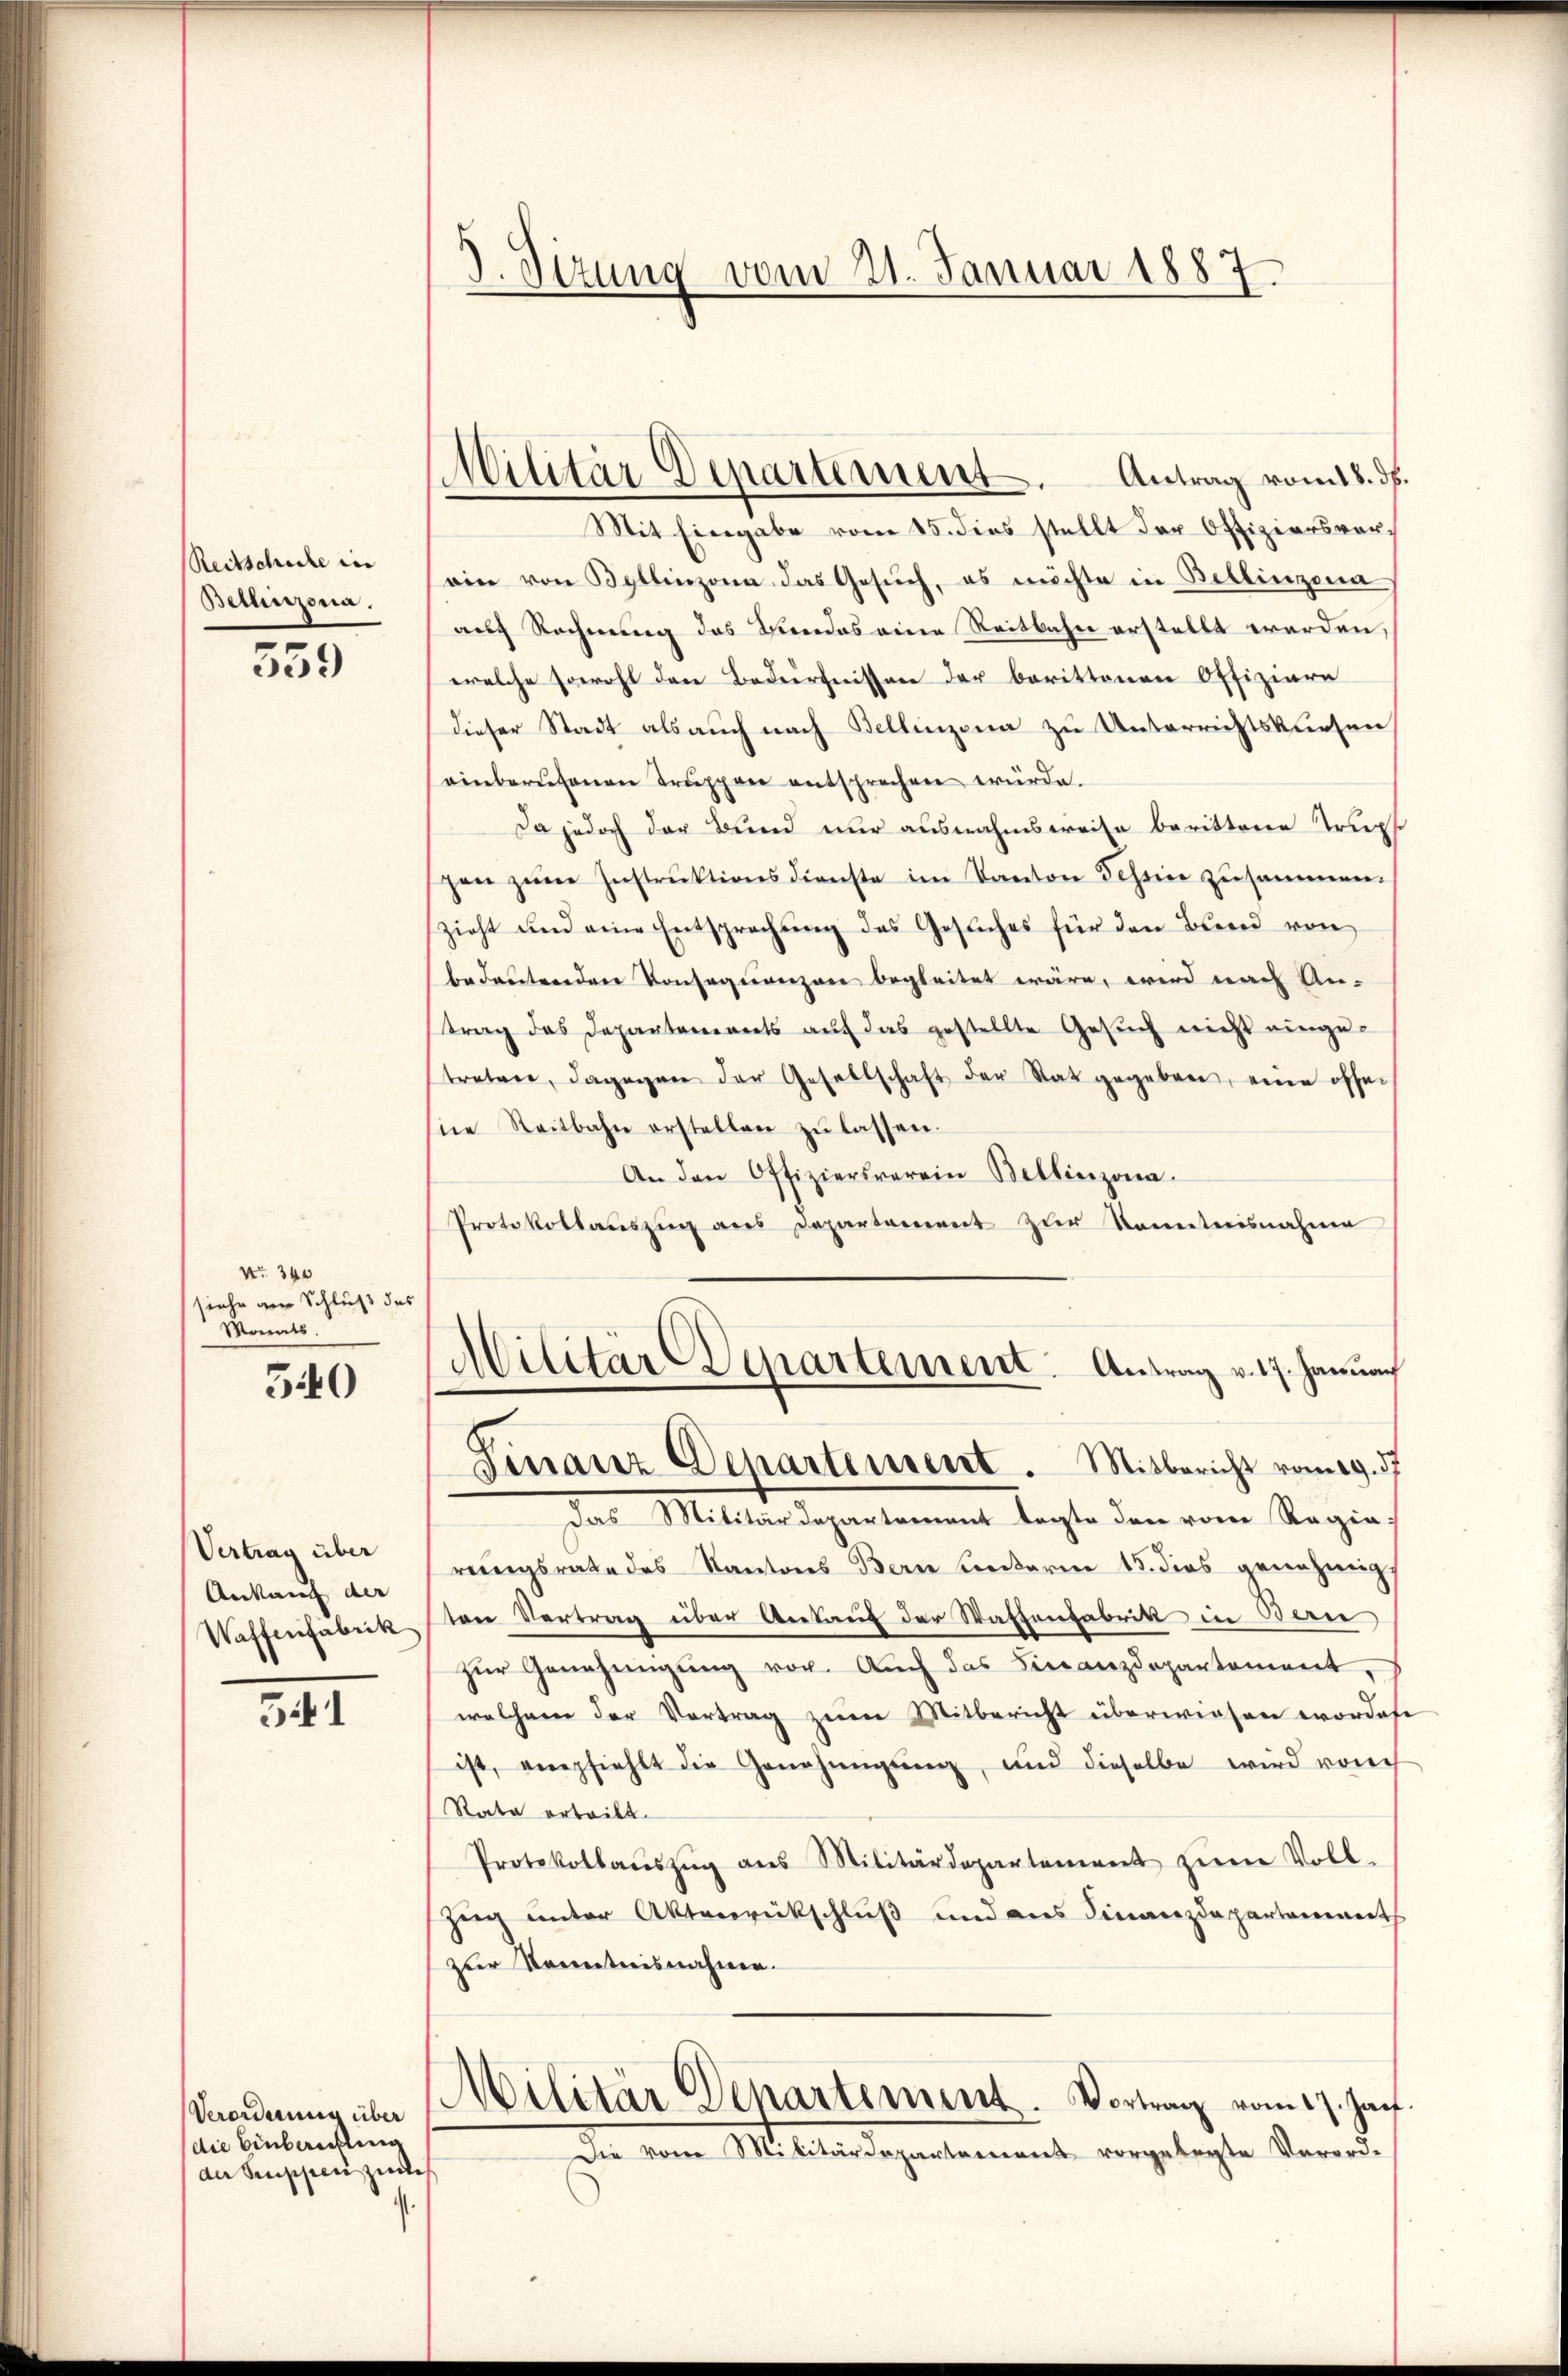
Reitschule in
Bethnzona.

559

No. 340
siehe der Schluß des
Monats.

540

Vertrag über
Ankauf der

I

Verordnung über
die Einberichtung
der Suppen zudes

J. Sizung vom 21. Januar 1887.

Militär Departement. Antrag vom 18. ds.

Mit Eingabe vom 15. dies stellt der Offiziersvorsein von Bellinzona das Gesŭch, es möchte in Bellinzona
auch Rechnung das Kindes eine Reitbahn erstellt werden,
welche sowohl den Bedürfnissen der berittenen Offiziare
dieser Stadt als auch nach Bellinzona zu Unterrichtskursen
einberufenen Truppen entsprechen würde.
Da jedoch der Bund nur ausnahmsweise berittene Trup
gen zŭm Instruktionsdienste im Kanton Tessine zusammen.
zieht und eine Entsprechung des Gesuches für den Brend von
bedeutenden Konsequenzen begleitet wäre, wird nach An-
trag das Departanereits auf das gestellte Gesuch nicht eingetreten, dagegen der Gesellschaft der Rat gegeben, eine offeine Reitbahn erstellen zŭ lassen.
An den Offiziersverein Bellinzona.
Protokollauszug aus Departement zur Kenntnisnahme

Militär Departement. Antrag v. 17. Januach
Finanz Departement. Mitbericht vom 19. d.

Das Militärdepartement tagte den vom Ragia
rungsrate des Kantons Bern Enterm 15. dies genehmigt
Waffenfabrik von Vertrag über Ankauf der Waffenfabrik in Bern
zur Genehmigung vor. Auch das Finanzdepartement, s
welchem der Vortrag zum Mitbericht überwiesen wordete
ist, empfiehlt die Genehmigung, und dieselbe wird vorch
Rata erteilt.
Protokollaŭszŭg ans Militärdepartement zŭm Voll-
zieg unter Aktenrückschluß und des Finanzdepartements
zur Kenntnisnahme.
Militär Departement. Vortrag vom 17. Jan.
Die von M. Ausdepartement vorgelegte Verord-